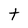
Character: t